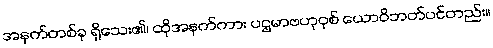
အနက်တစ်ခု ရှိသေး၏၊ ထိုအနက်ကား ပဌမာဗဟုဝုစ် ယောဝိဘတ်ပင်တည်း။